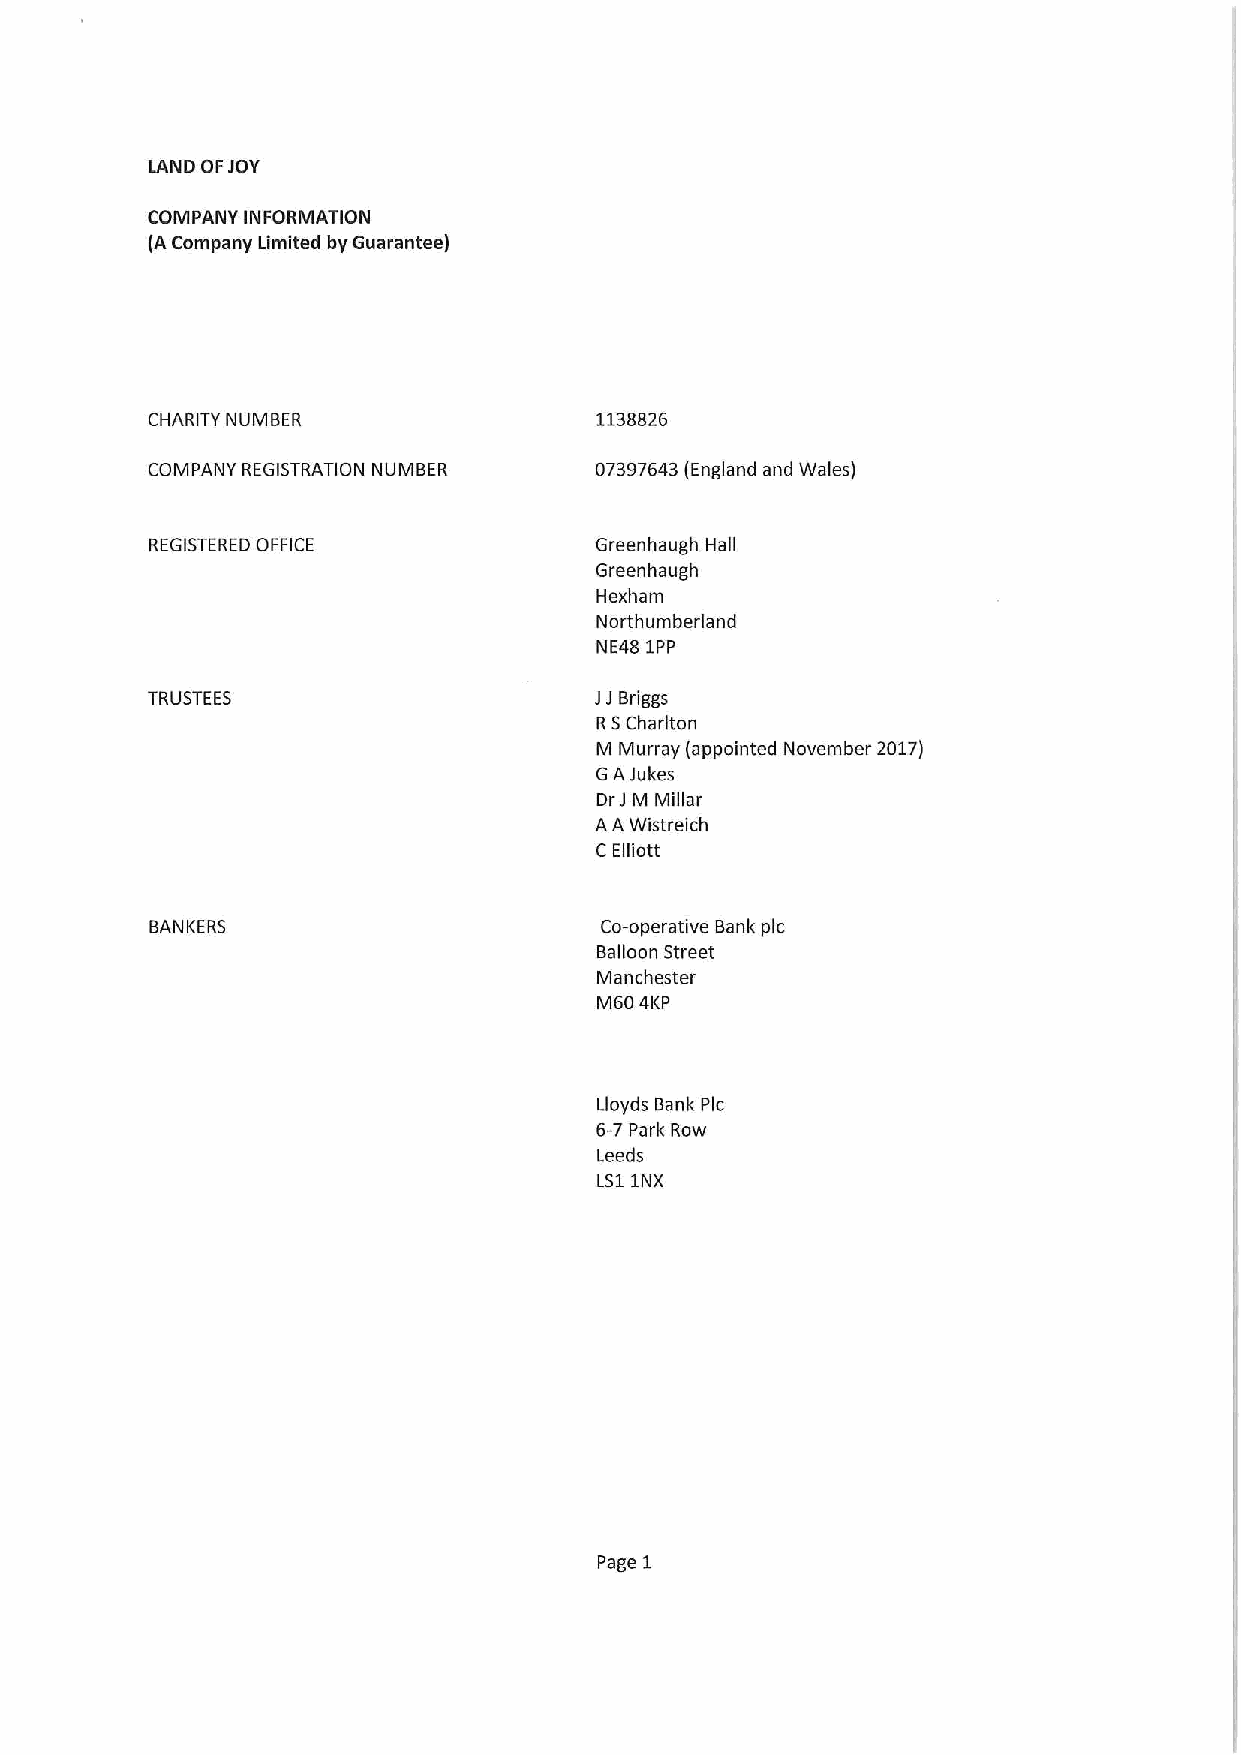
LAND OFJOY
 COMPANY INFORMATION
 (ACompany Limited by Guarantee)
 CHARITY NUMBER               1138826
 COMPANY REGISTRATION NUMBER  07397643(England and Wales)
 REGISTERED OFFICE            Greenhaugh Hall
 Greenhaugh
 Hexham
 Northumberland
 NE48 1PP
 TRUSTEES                     JJ Briggs
 RSCharlton
 M Murray (appointed November 2017)
 GAJukes
 DrJ M Millar
 AA Wistreich
 C Elliott
 BANKERS                       Co-operative Bank pic
 Balloon Street
 Manchester
 M60 4KP
 Lloyds Bank Pic
 6-7Park Row
 Leeds
 LS11NX
 Page 1